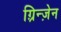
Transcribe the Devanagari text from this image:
ग़्रिन्ज़ेन